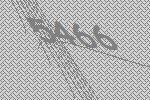
5466